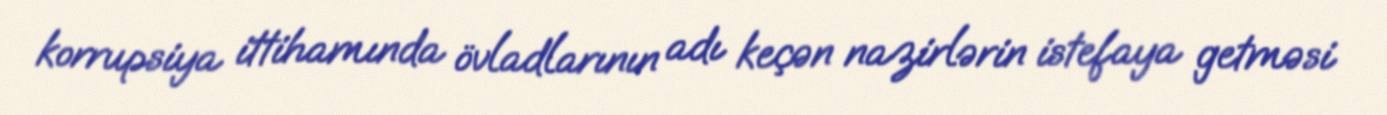
korrupsiya ittihamında övladlarının adı keçən nazirlərin istefaya getməsi